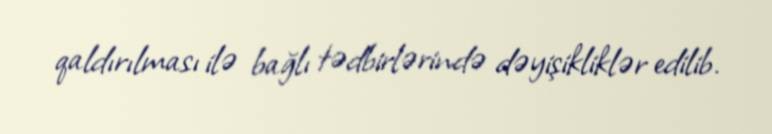
qaldırılması ilə bağlı tədbirlərində dəyişikliklər edilib.